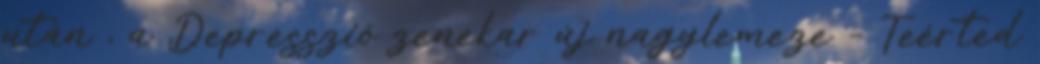
után , a Depresszió zenekar új nagylemeze – Teérted